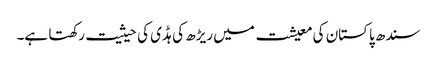
سندھ پاکستان کی معیشت میں ریڑھ کی ہڈی کی حیثیت رکھتا ہے۔